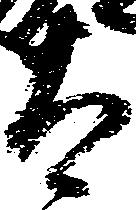
太